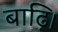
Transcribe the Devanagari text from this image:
बाढ़ि।